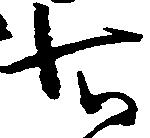
知